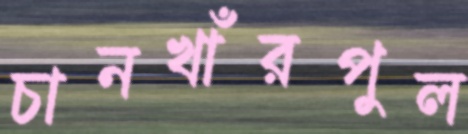
চানখাঁরপুল